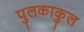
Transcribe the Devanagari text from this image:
पुलकाकुल